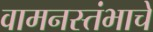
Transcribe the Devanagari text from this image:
वामनस्तंभाचे